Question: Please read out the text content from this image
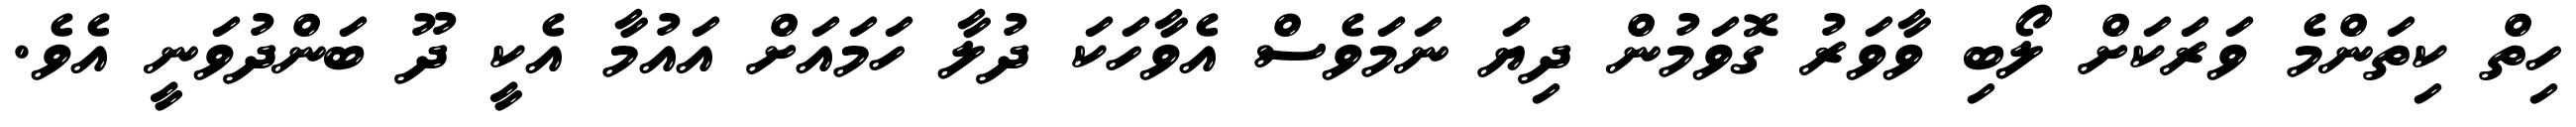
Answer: ހިތް ކިތަންމެ ވަރަކަށް ލޯބި ވާވަރު ގޮވަމުން ދިޔަ ނަމަވެސް އެވާހަކަ ދުލާ ހަމައަށް އައުމާ އެކީ ދޫ ބަންދުވަނީ އެވެ.